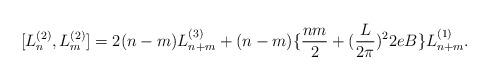
LaTeX: \begin{align*}[L^{(2)}_{n},L^{(2)}_{m}]=2(n-m)L^{(3)}_{n+m}+(n-m)\{\frac{nm}{2}+(\frac{L}{2\pi})^{2}2eB\}L^{(1)}_{n+m}.\end{align*}